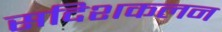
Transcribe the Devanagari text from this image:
सदिशकलन